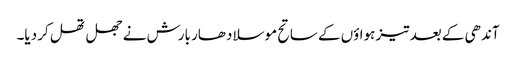
آندھی کے بعد تیز ہواؤں کے ساتح موسلا دھار بارش نے جھل تھل کر دیا۔